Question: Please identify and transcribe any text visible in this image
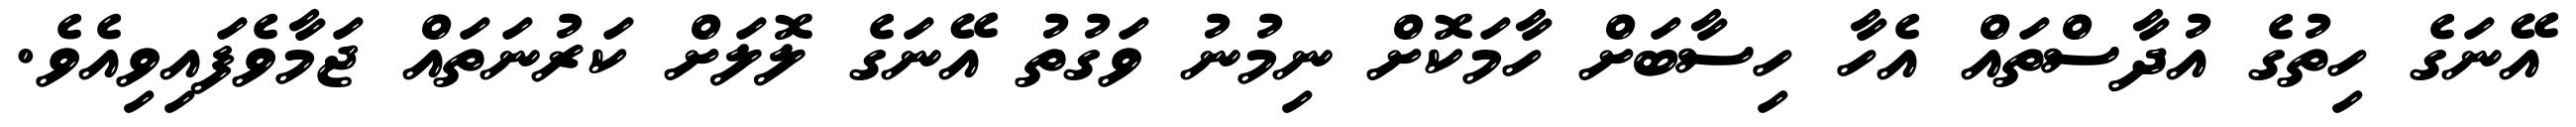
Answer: އޭނަގެ ހިތުގެ އުދާސްތައް އެހާ ހިސާބަށް ހާމަކޮށް ނިމުނު ވަގުތު އޭނަގެ ލޮލަށް ކަރުނަތައް ޖަމާވެފައިވިއެވެ.